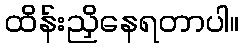
ထိန်းညှိနေရတာပါ။